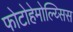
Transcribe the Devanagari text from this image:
फोटोहेमोल्य्सिस